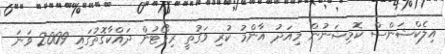
އިލެކްޝަންސް ކޮމިޝަނުން މިއަދު އާންމު ކުރި ވަގުތީ ރިޕޯޓުން ދައްކާގޮތުގައި 2009 ވަނަ